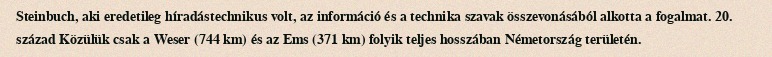
Steinbuch, aki eredetileg híradástechnikus volt, az információ és a technika szavak összevonásából alkotta a fogalmat. 20. század Közülük csak a Weser (744 km) és az Ems (371 km) folyik teljes hosszában Németország területén.